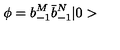
\phi = b _ { - 1 } ^ { M } \bar { b } _ { - 1 } ^ { N } \vert 0 >